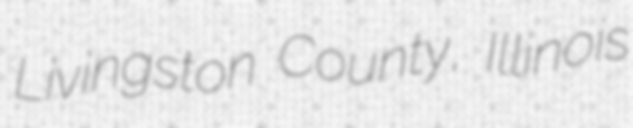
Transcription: Livingston County, Illinois